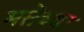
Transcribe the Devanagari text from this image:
मत्तेच्या